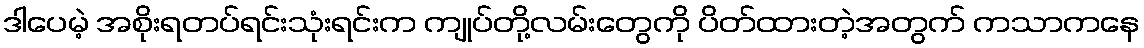
ဒါပေမဲ့ အစိုးရတပ်ရင်းသုံးရင်းက ကျုပ်တို့လမ်းတွေကို ပိတ်ထားတဲ့အတွက် ကသာကနေ